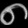
Digit: ၈